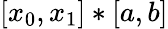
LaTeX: [x_{0},x_{1}]*[a,b]